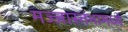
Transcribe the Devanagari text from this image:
मज्जास्तंभामध्ये